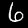
Label: 6